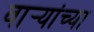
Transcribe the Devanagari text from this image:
वार्‍यांच्या